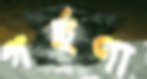
গর্হণা